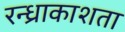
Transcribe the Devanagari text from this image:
रन्ध्राकाशता